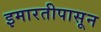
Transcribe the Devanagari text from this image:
इमारतीपासून